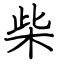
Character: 柴